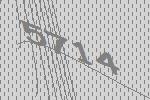
5714